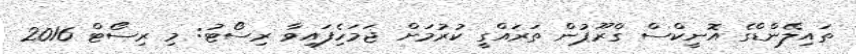
ތައިލޭންޑްގެ އޮނީކްސް ގްރޫޕުން ތަރައްގީ ކުރުމަށް ޖަމަހެިފައިވާ ރިސޯޓު: މި ރިސޯޓް 2016